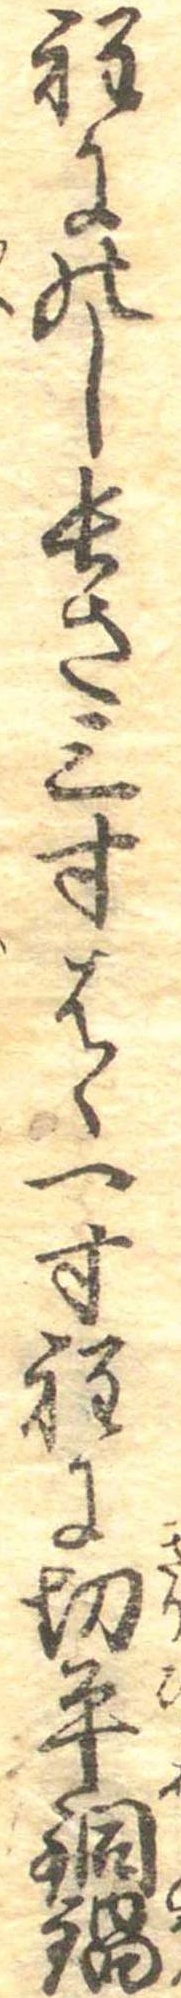
程にのし長さ三寸はゝ一寸程に切平銅鍋